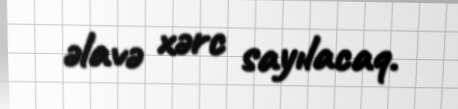
əlavə xərc sayılacaq.